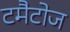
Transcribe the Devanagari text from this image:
टमैटोज